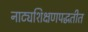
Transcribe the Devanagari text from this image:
नाट्यशिक्षणपद्धतीत